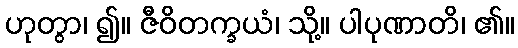
ဟုတွာ၊ ၍။ ဇီဝိတက္ခယံ၊ သို့။ ပါပုဏာတိ၊ ၏။